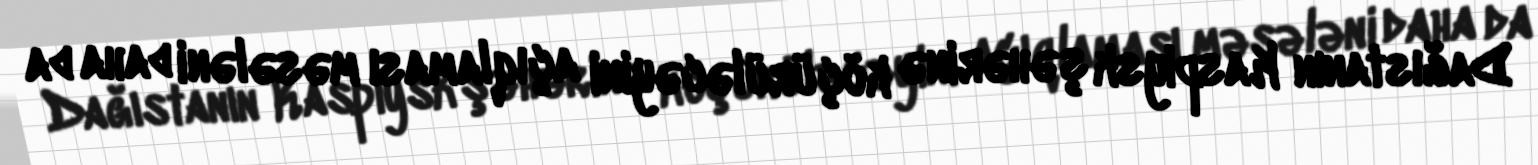
Dağıstanın Kaspiysk şəhərinə köçürüləcəyini açıqlaması məsələni daha da